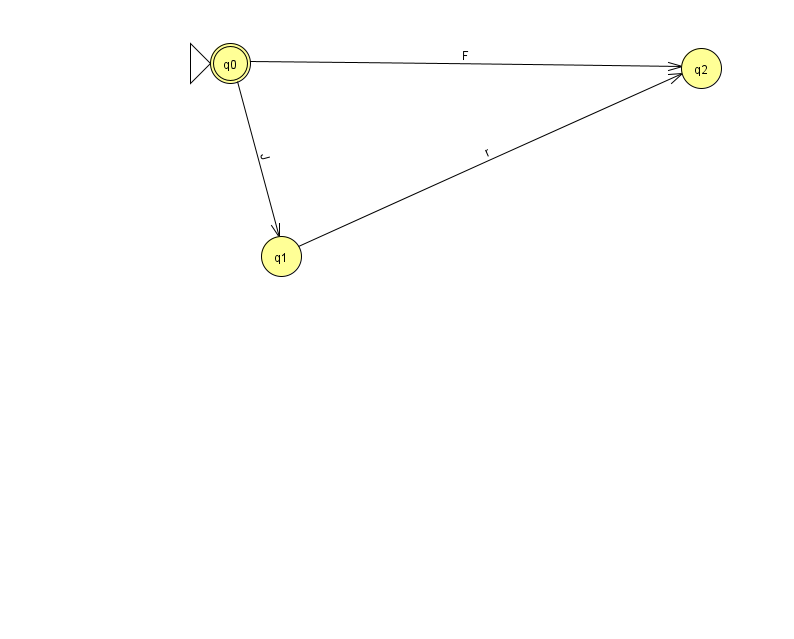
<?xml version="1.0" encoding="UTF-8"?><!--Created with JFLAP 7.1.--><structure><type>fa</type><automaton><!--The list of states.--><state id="0" name="q0"><x>230.0</x><y>50.0</y><initial/><final/></state><state id="1" name="q1"><x>281.0</x><y>243.0</y></state><state id="2" name="q2"><x>701.0</x><y>55.0</y></state><!--The list of transitions.--><transition><from>1</from><to>2</to><read>r</read></transition><transition><from>0</from><to>2</to><read>F</read></transition><transition><from>0</from><to>1</to><read>J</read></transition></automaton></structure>